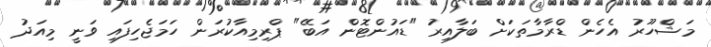
މަޝްހޫރު އެހެން ޑްރާމާތަކަށް ބަލާއިރު "ޑައުންޓޮން އަބޭ" ޕްރިމިއާކުރަން ހަމަޖެހިފައި ވަނީ މިއަދު